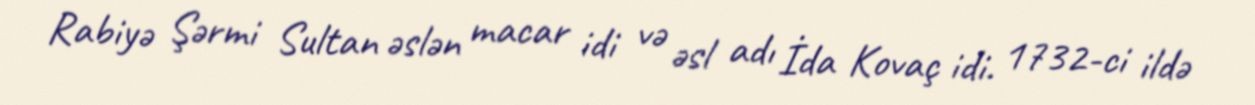
Rabiyə Şərmi Sultan əslən macar idi və əsl adı İda Kovaç idi. 1732-ci ildə